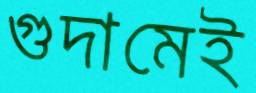
গুদামেই